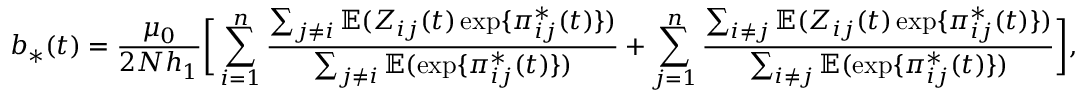
b _ { * } ( t ) = \frac { \mu _ { 0 } } { 2 N h _ { 1 } } \bigg [ \sum _ { i = 1 } ^ { n } \frac { \sum _ { j \neq i } \mathbb { E } ( Z _ { i j } ( t ) \exp \{ \pi _ { i j } ^ { * } ( t ) \} ) } { \sum _ { j \neq i } \mathbb { E } ( \exp \{ \pi _ { i j } ^ { * } ( t ) \} ) } + \sum _ { j = 1 } ^ { n } \frac { \sum _ { i \neq j } \mathbb { E } ( Z _ { i j } ( t ) \exp \{ \pi _ { i j } ^ { * } ( t ) \} ) } { \sum _ { i \neq j } \mathbb { E } ( \exp \{ \pi _ { i j } ^ { * } ( t ) \} ) } \bigg ] ,